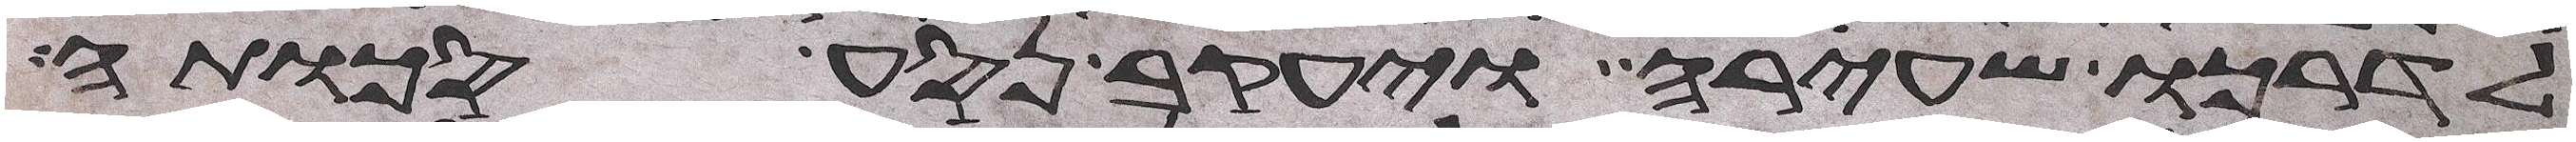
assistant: לדרכו שעירה ויעקב נסע סכותה